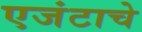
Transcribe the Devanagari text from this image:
एजंटाचे